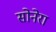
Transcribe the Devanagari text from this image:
सोनेरा